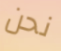
نحن